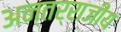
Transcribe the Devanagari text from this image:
अन्तर्राजीय